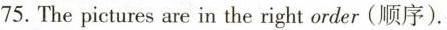
75. The pictures are in the right order(顺序).